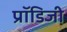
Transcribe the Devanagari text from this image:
प्रॉडिजी